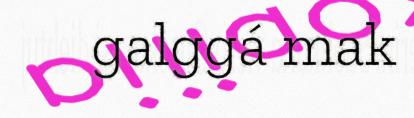
galggá mak